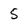
Character: 5